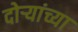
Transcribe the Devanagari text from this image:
दोऱ्यांच्या